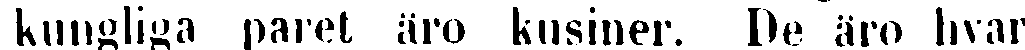
kungliga paret äro kusiner. De äro hvar-